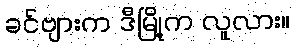
ခင်ဗျားက ဒီမြို့က လူလား။